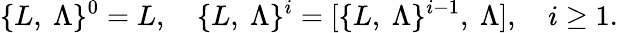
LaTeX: \{ L,\ \Lambda\} ^{0}=L,\quad\{ L,\ \Lambda\} ^{i}=[\{ L,\ \Lambda\} ^{i-1},\ \Lambda],\quad i\ge 1.